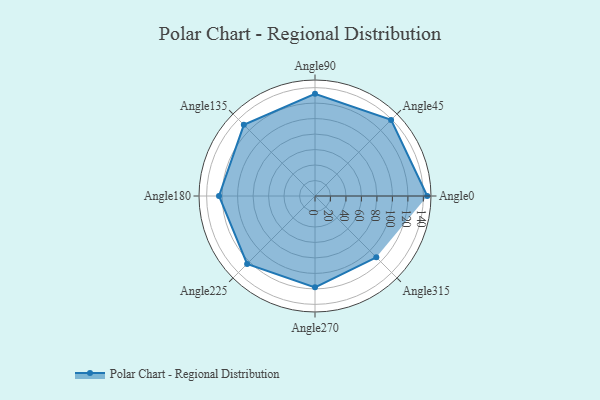
{"axis": {"x": "Angle", "y": "Radius"}, "legend": [""], "data": [{"x": "Angle0", "y": 145.0, "type": ""}, {"x": "Angle45", "y": 139.0, "type": ""}, {"x": "Angle90", "y": 132.0, "type": ""}, {"x": "Angle135", "y": 130.0, "type": ""}, {"x": "Angle180", "y": 124.0, "type": ""}, {"x": "Angle225", "y": 124.0, "type": ""}, {"x": "Angle270", "y": 118.0, "type": ""}, {"x": "Angle315", "y": 112.0, "type": ""}]}